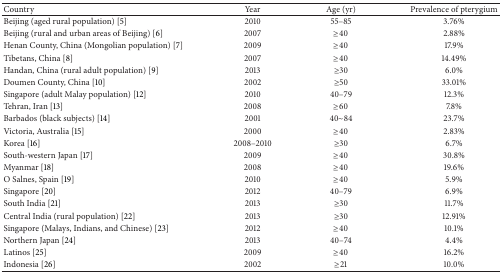
<table><thead><tr><td><b>Country</b></td><td><b>Year</b></td><td><b>Age (yr)</b></td><td><b>Prevalence of pterygium </b></td></tr></thead><tbody><tr><td>Beijing (aged rural population) [5]</td><td>2010</td><td>55–85</td><td>3.76%</td></tr><tr><td>Beijing (rural and urban areas of Beijing) [6]</td><td>2007</td><td>≥40</td><td>2.88%</td></tr><tr><td>Henan County, China (Mongolian population) [7]</td><td>2009</td><td>≥40</td><td>17.9%</td></tr><tr><td>Tibetans, China [8]</td><td>2007</td><td>≥40</td><td>14.49%</td></tr><tr><td>Handan, China (rural adult population) [9]</td><td>2013</td><td>≥30</td><td>6.0%</td></tr><tr><td>Doumen County, China [10]</td><td>2002</td><td>≥50</td><td>33.01%</td></tr><tr><td>Singapore (adult Malay population) [12]</td><td>2010</td><td>40–79</td><td>12.3%</td></tr><tr><td>Tehran, Iran [13]</td><td>2008</td><td>≥60</td><td>7.8%</td></tr><tr><td>Barbados (black subjects) [14]</td><td>2001</td><td>40~84</td><td>23.7%</td></tr><tr><td>Victoria, Australia [15]</td><td>2000</td><td>≥40</td><td>2.83%</td></tr><tr><td>Korea [16]</td><td>2008–2010</td><td>≥30</td><td>6.7%</td></tr><tr><td>South-western Japan [17]</td><td>2009</td><td>≥40</td><td>30.8%</td></tr><tr><td>Myanmar [18]</td><td>2008</td><td>≥40</td><td>19.6%</td></tr><tr><td>O Salnes, Spain [19]</td><td>2010</td><td>≥40</td><td>5.9%</td></tr><tr><td>Singapore [20]</td><td>2012</td><td>40–79</td><td>6.9%</td></tr><tr><td>South India [21]</td><td>2013</td><td>≥30</td><td>11.7%</td></tr><tr><td>Central India (rural population) [22]</td><td>2013</td><td>≥30</td><td>12.91%</td></tr><tr><td>Singapore (Malays, Indians, and Chinese) [23]</td><td>2012</td><td>≥40</td><td>10.1%</td></tr><tr><td>Northern Japan [24]</td><td>2013</td><td>40–74</td><td>4.4%</td></tr><tr><td>Latinos [25]</td><td>2009</td><td>≥40</td><td>16.2%</td></tr><tr><td>Indonesia [26]</td><td>2002</td><td>≥21</td><td>10.0%</td></tr></tbody></table>